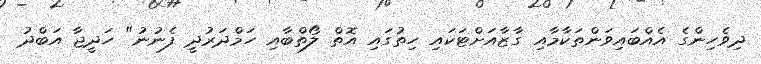
ދިވެހިންގެ އެއްބައިވަންތަކާމާއި ގާޒާއަށްޓަކައި ހިތުގައި އޮތް ލޯތްބާއި ހަމްދަރުދީ ފެނުނު" ހަދީޖާ އަބްދު